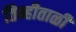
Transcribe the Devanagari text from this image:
तिन्हीताळी